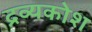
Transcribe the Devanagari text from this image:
द्रव्यकोश